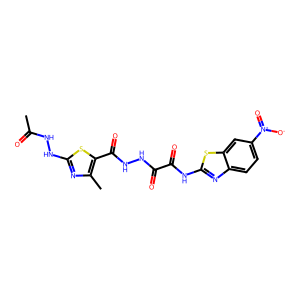
SMILES: CC(=O)NNc1nc(C)c(C(=O)NNC(=O)C(=O)Nc2nc3ccc([N+](=O)[O-])cc3s2)s1
Inhibits HIV replication: No